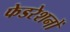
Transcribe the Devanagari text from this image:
फेडरेशनों